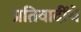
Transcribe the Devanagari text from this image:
प्रतिवादींचे